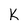
Character: K